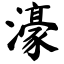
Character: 濠